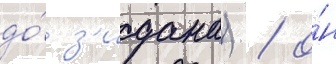
до́ з'идана) / о́н